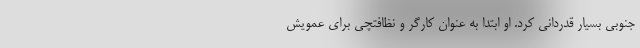
جنوبی بسیار قدردانی کرد. او ابتدا به عنوان کارگر و نظافتچی برای عمویش